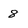
Character: 8